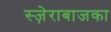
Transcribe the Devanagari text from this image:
स्ज़ेराबाजका